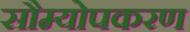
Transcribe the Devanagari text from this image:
सौम्योपकरण